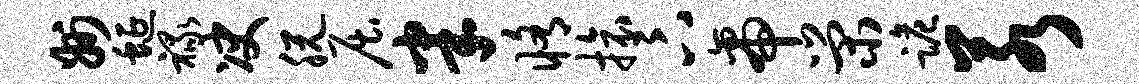
州蜒禄决脱屈半修旅卞帝荣跪若